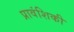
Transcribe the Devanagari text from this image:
प्रावंशिकी